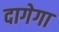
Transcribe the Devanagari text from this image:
दागेगा